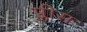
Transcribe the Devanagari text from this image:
प्लीस